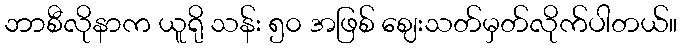
ဘာစီလိုနာက ယူရို သန်း ၅၀ အဖြစ် ဈေးသတ်မှတ်လိုက်ပါတယ်။